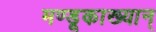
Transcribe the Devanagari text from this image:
मण्डूकाख्यान्